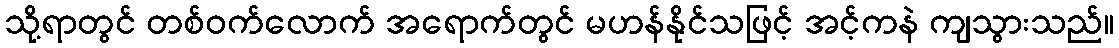
သို့ရာတွင် တစ်ဝက်လောက် အရောက်တွင် မဟန်နိုင်သဖြင့် အင့်ကနဲ ကျသွားသည်။